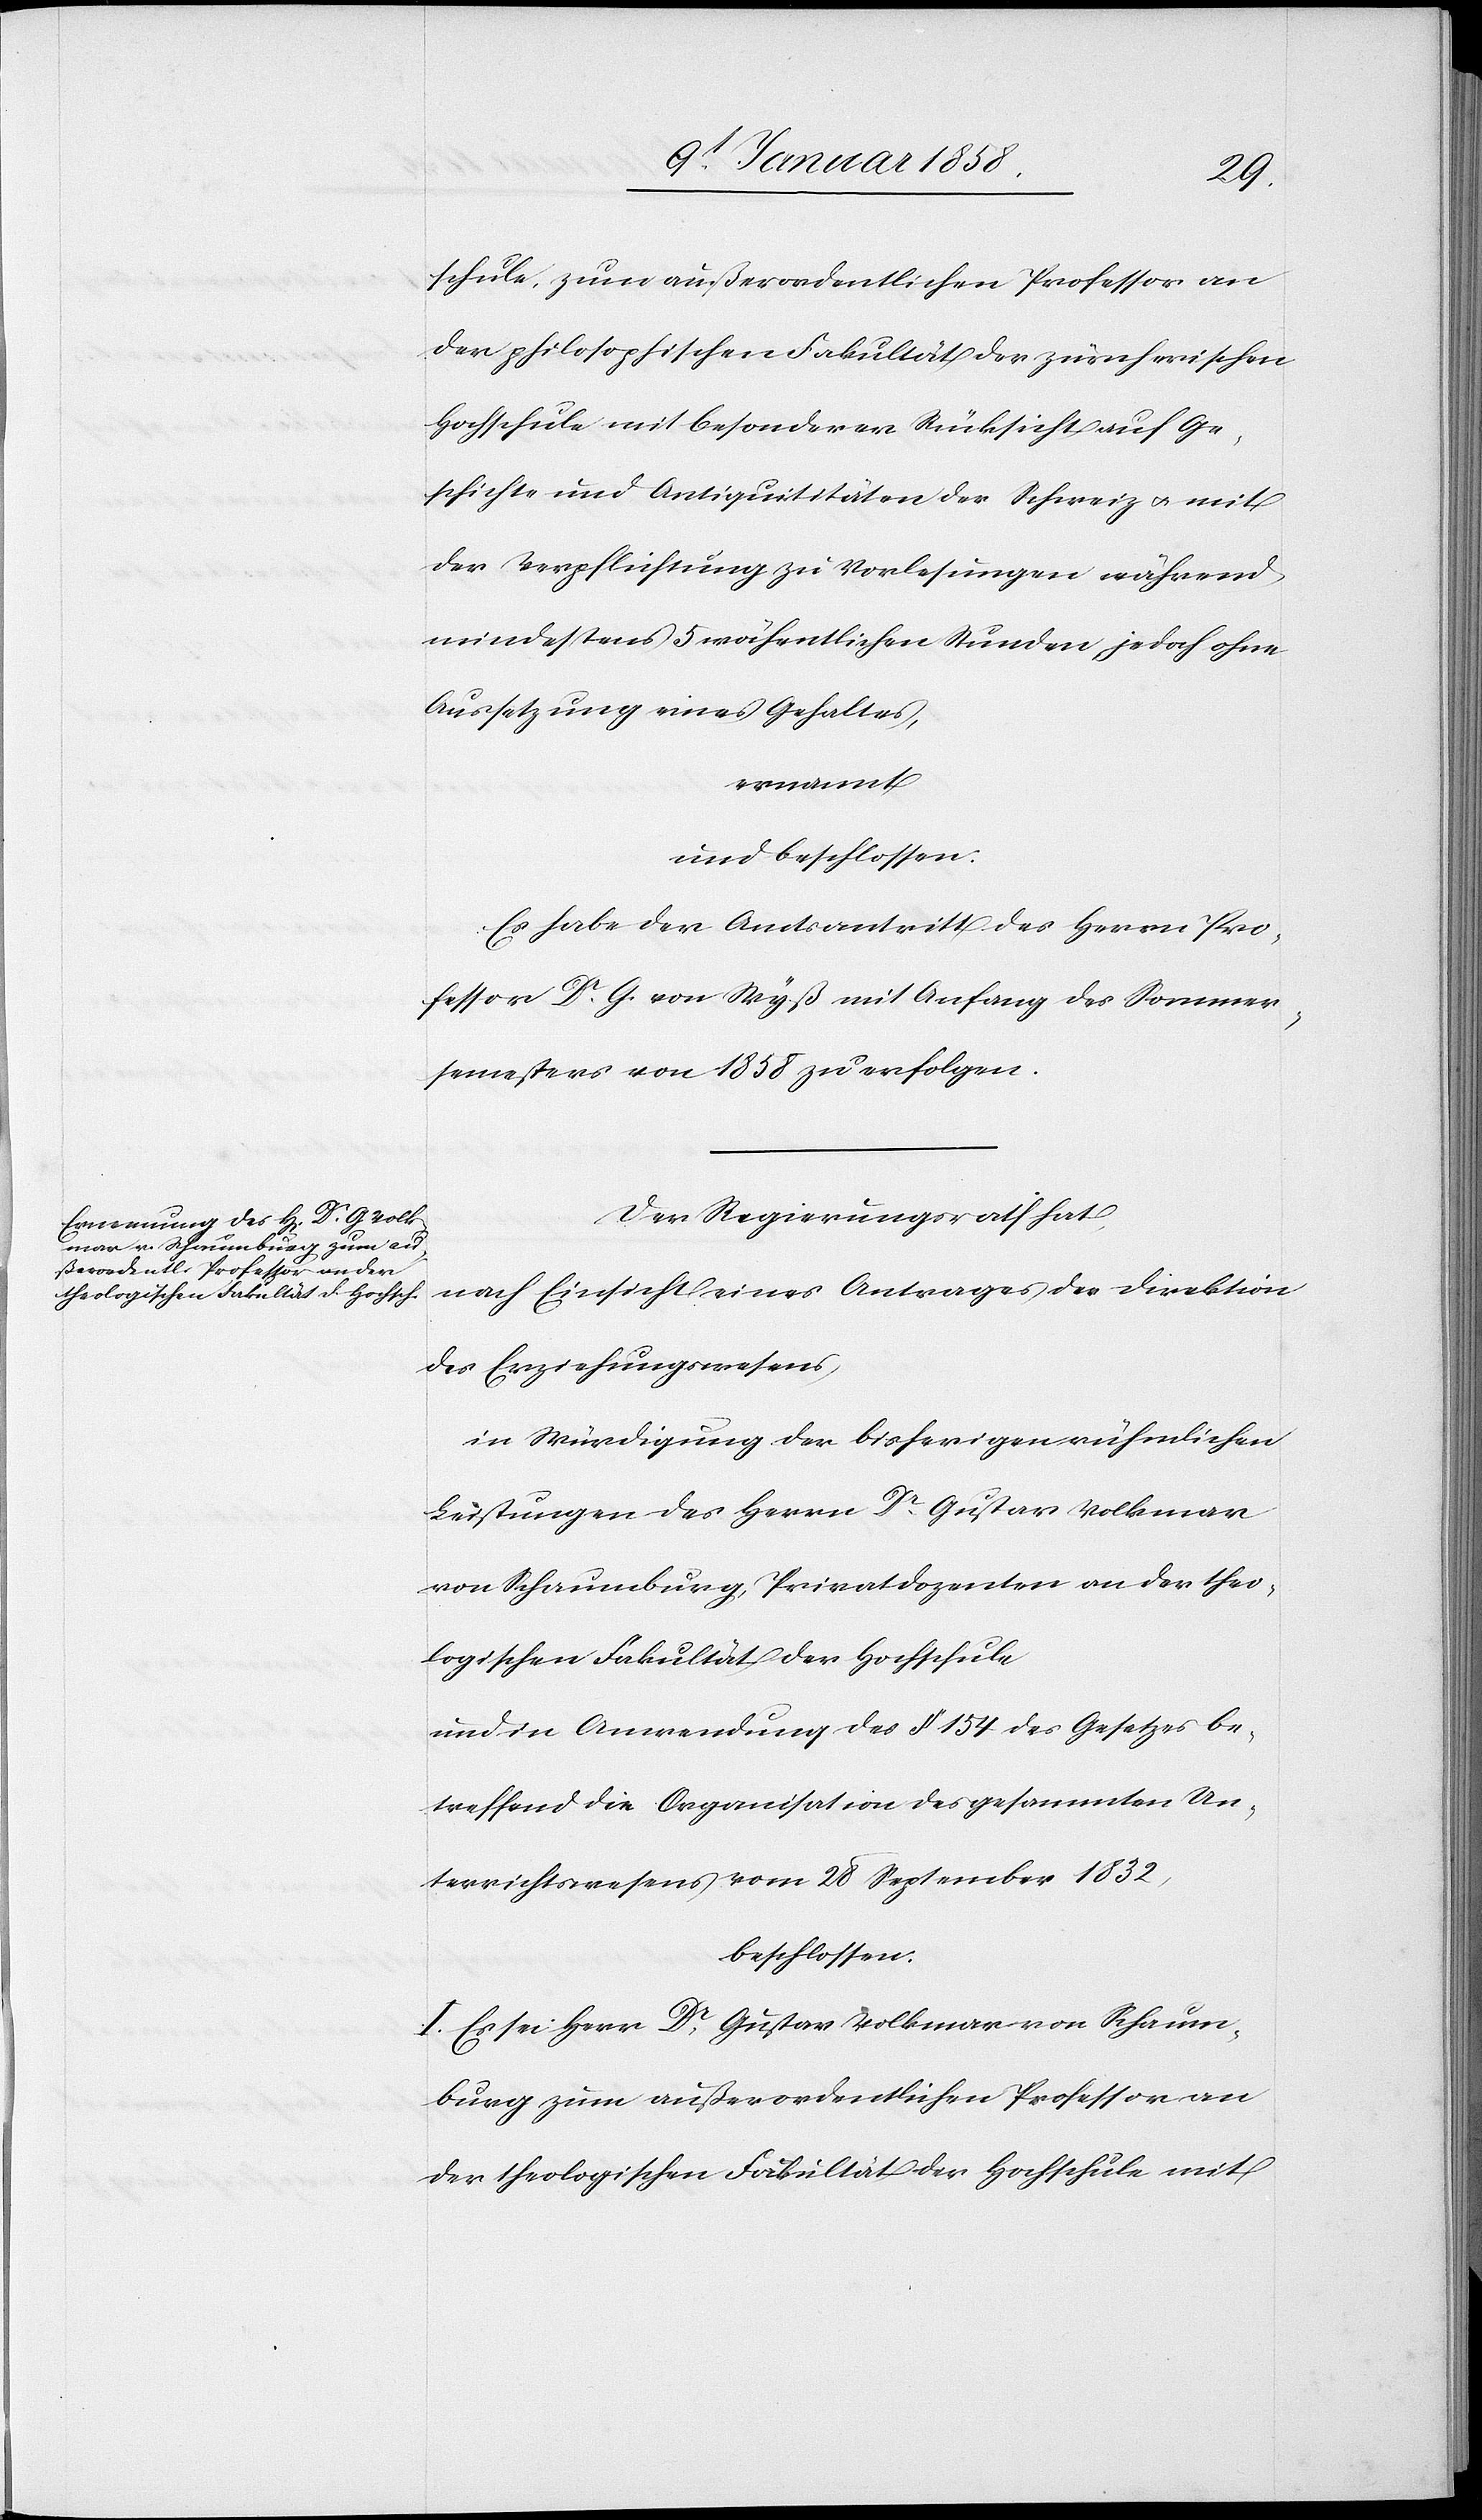
schule, zum außerordentlichen Professor an
der philosophischen Fakultät der zürcherischen
Hochschule mit besonderer Rücksicht auf Ge¬
schichte und Antiquitäten der Schweiz u. mit
der Verpflichtung zu Vorlesungen während
mindestens 5 wöchentlichen Stunden, jedoch ohne
Aussetzung eines Gehaltes,
ernannt
und beschlossen:
Es habe der Amtsantritt des Herrn Pro¬
fessor Dr. G. von Wyß mit Anfang des Sommer¬
semesters von 1858 zu erfolgen.
Der Regierungsrath hat,
nach Einsicht eines Antrages der Direktion
des Erziehungswesens,
in Würdigung der bisherigen rühmlichen
Leistungen des Herrn Dr. Gustav Volkmar
von Schauenburg, Privatdozenten an der theo¬
logischen Fakultät der Hochschule
und in Anwendung des § 154 des Gesetzes be¬
treffend die Organisation des gesammten Un¬
terrichtswesens vom 28 September 1832,
beschlossen:
I. Es sei Herr Dr. Gustav Volkmar von Schauen¬
burg zum außerordentlichen Professor an
der theologischen Fakultät der Hochschule mit